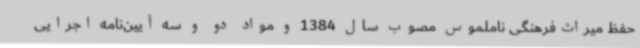
حفظ میراث‌فرهنگی ناملموس مصوب سال 1384 و مواد دو و سه آیین‌نامه اجرایی